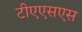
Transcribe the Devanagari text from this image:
टीएएसएस